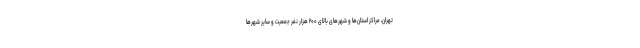
تهران، مراکز استان‌ها و شهرهای بالای ۲۰۰ هزار نفر جمعیت و سایر شهرها